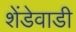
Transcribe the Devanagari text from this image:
शेंडेवाडी